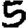
Digit: 5